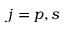
j = p , s